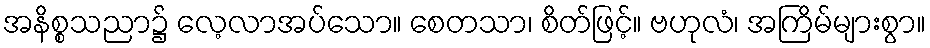
အနိစ္စသညာ၌ လေ့လာအပ်သော။ စေတသာ၊ စိတ်ဖြင့်။ ဗဟုလံ၊ အကြိမ်များစွာ။